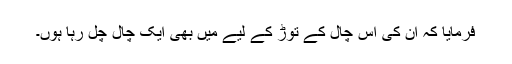
فرمایا کہ ان کی اس چال کے توڑ کے لیے میں بھی ایک چال چل رہا ہوں۔